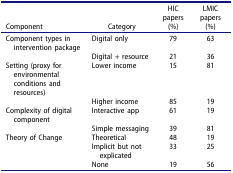
| Component | Category | HIC papers (%) | LMIC papers (%) |
 | --- | --- | --- | --- |
 | Component types in intervention package | Digital only | 79 | 63 |
 |  | Digital + resource | 21 | 36 |
 | Setting (proxy for environmental conditions and resources) | Lower income | 15 | 81 |
 |  | Higher income | 85 | 19 |
 | Complexity of digital component | Interactive app | 61 | 19 |
 |  | Simple messaging | 39 | 81 |
 | Theory of Change | Theoretical | 48 | 19 |
 |  | Implicit but not explicated | 33 | 25 |
 |  | None | 19 | 56 |